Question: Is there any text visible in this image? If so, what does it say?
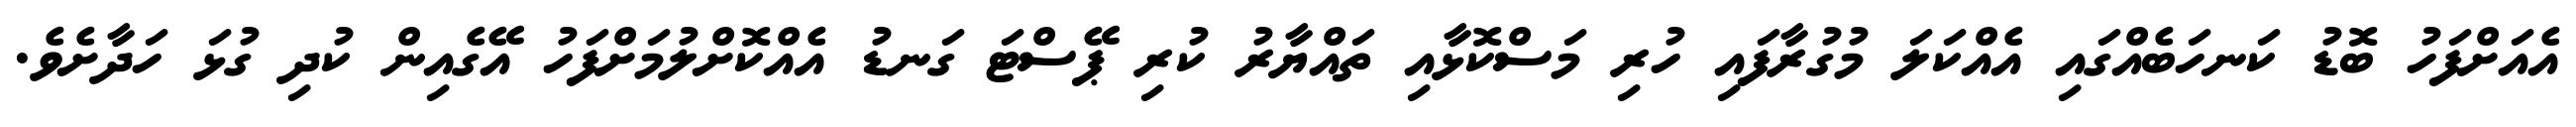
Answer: އެއަށްފަހު ބޮޑު ކަނހަބެއްގައި އެއްކަލަ މުގުރާފައި ހުރި މަސްކޮޅާއި ތައްޔާރު ކުރި ޕޭސްޓަ ގަނޑު އެއްކޮށްލުމަށްފަހު އޭގެއިން ކުދި ގުޅަ ހަދާށެވެ.